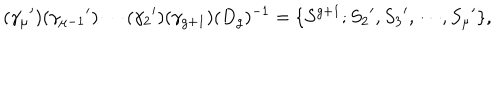
( { \gamma _ { \mu } } ^ { \prime } ) ( { \gamma _ { \mu - 1 } } ^ { \prime } ) \cdots ( { \gamma _ { 2 } } ^ { \prime } ) ( \gamma _ { g + 1 } ) ( D _ { g } ) ^ { - 1 } = \{ S ^ { g + 1 } ; { S _ { 2 } } ^ { \prime } , { S _ { 3 } } ^ { \prime } , \cdots , { S _ { \mu } } ^ { \prime } \} ,